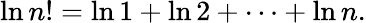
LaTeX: \ln n!=\ln 1+\ln 2+\cdots+\ln n.